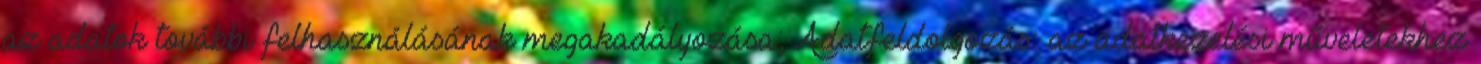
az adatok további felhasználásának megakadályozása; Adatfeldolgozás: az adatkezelési műveletekhez